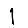
Digit: 1